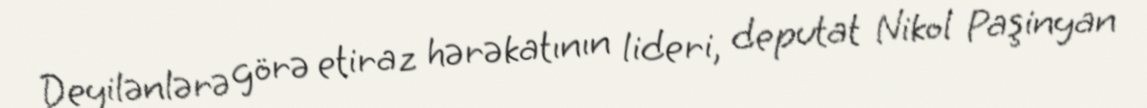
Deyilənlərə görə etiraz hərəkatının lideri, deputat Nikol Paşinyan